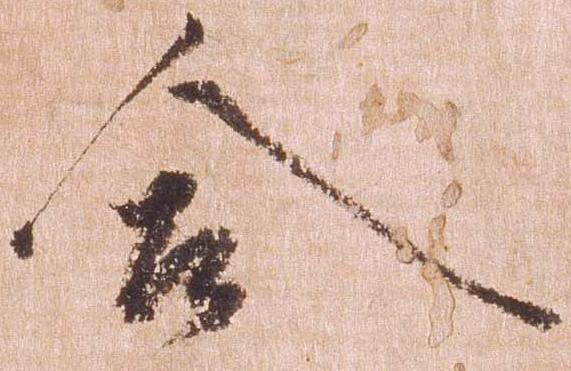
合